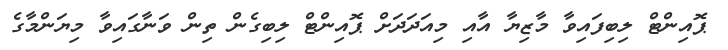
ޕޮއިންޓް ލިބިފައިވާ މާޒިޔާ އާއި މިއަދަދަށް ޕޮއިންޓް ލިބިގެން ތިން ވަނާގައިވާ މިޔަންމާގެ